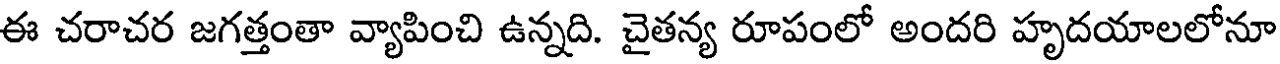
ఈ చరాచర జగత్తంతా వ్యాపించి ఉన్నది. చైతన్య రూపంలో అందరి హృదయాలలోనూ